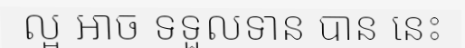
ល្អ អាច ទទួលទាន បាន នេះ